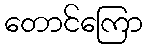
တောင်ကြော